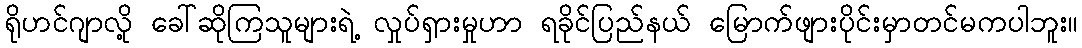
ရိုဟင်ဂျာလို့ ခေါ်ဆိုကြသူများရဲ့ လှုပ်ရှားမှုဟာ ရခိုင်ပြည်နယ် မြောက်ဖျားပိုင်းမှာတင်မကပါဘူး။